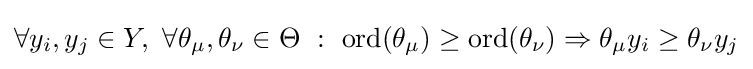
\forall y_{i},y_{j}\in Y,\ \forall \theta _{\mu },\theta _{\nu }\in \Theta \ :\ \operatorname {ord} (\theta _{\mu })\geq \operatorname {ord} (\theta _{\nu })\Rightarrow \theta _{\mu }y_{i}\geq \theta _{\nu }y_{j}